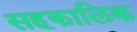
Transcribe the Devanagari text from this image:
सहकालिक